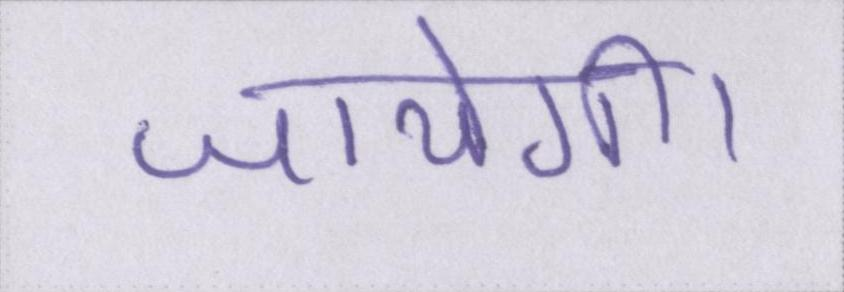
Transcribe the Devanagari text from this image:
जायेगी।